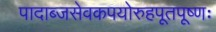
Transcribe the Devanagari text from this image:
पादाब्जसेवकपयोरुहपूतपूष्णः